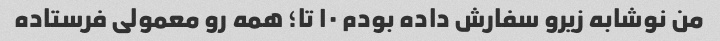
من نوشابه زیرو سفارش داده بودم ۱۰ تا؛ همه رو معمولی فرستاده